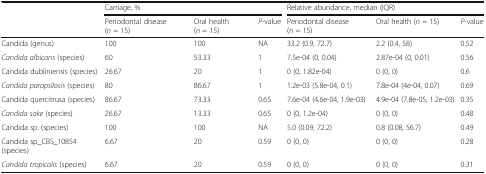
<table><thead><tr><td rowspan="2"></td><td colspan="3"><b>Carriage, %</b></td><td colspan="3"><b>Relative abundance, median (IQR)</b></td></tr><tr><td><b>Periodontal disease (<i>n</i> = 15)</b></td><td><b>Oral health (<i>n</i> = 15)</b></td><td><b><i>P</i>-value</b></td><td><b>Periodontal disease (<i>n</i> = 15)</b></td><td><b>Oral health (<i>n</i> = 15)</b></td><td><b><i>P</i>-value</b></td></tr></thead><tbody><tr><td>Candida (genus)</td><td>100</td><td>100</td><td>NA</td><td>33.2 (0.9, 72.7)</td><td>2.2 (0.4, 58)</td><td>0.52</td></tr><tr><td><i>Candida albicans</i> (species)</td><td>60</td><td>53.33</td><td>1</td><td>7.5e-04 (0, 0.04)</td><td>2.87e-04 (0, 0.01)</td><td>0.56</td></tr><tr><td>Candida dubliniensis (species)</td><td>26.67</td><td>20</td><td>1</td><td>0 (0, 1.82e-04)</td><td>0 (0, 0)</td><td>0.6</td></tr><tr><td><i>Candida parapsilosis</i> (species)</td><td>80</td><td>86.67</td><td>1</td><td>1.2e-03 (5.8e-04, 0.1)</td><td>7.8e-04 (4e-04, 0.07)</td><td>0.69</td></tr><tr><td>Candida quercitrusa (species)</td><td>86.67</td><td>73.33</td><td>0.65</td><td>7.6e-04 (4.6e-04, 1.9e-03)</td><td>4.9e-04 (7.8e-05, 1.2e-03)</td><td>0.35</td></tr><tr><td><i>Candida sake</i> (species)</td><td>26.67</td><td>13.33</td><td>0.65</td><td>0 (0, 1.2e-04)</td><td>0 (0, 0)</td><td>0.48</td></tr><tr><td>Candida sp. (species)</td><td>100</td><td>100</td><td>NA</td><td>5.0 (0.09, 72.2)</td><td>0.8 (0.08, 56.7)</td><td>0.49</td></tr><tr><td>Candida sp_CBS_10854 (species)</td><td>6.67</td><td>20</td><td>0.59</td><td>0 (0, 0)</td><td>0 (0, 0)</td><td>0.28</td></tr><tr><td><i>Candida tropicalis</i> (species)</td><td>6.67</td><td>20</td><td>0.59</td><td>0 (0, 0)</td><td>0 (0, 0)</td><td>0.31</td></tr></tbody></table>